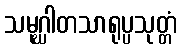
သမုဂ္ဃါတသာရုပ္ပသုတ္တံ